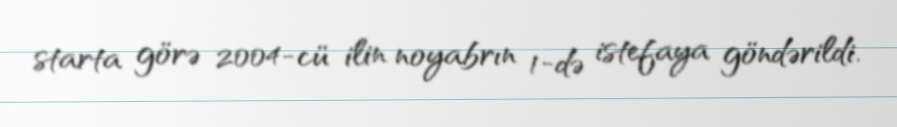
starta görə 2004-cü ilin noyabrın 1-də istefaya göndərildi.